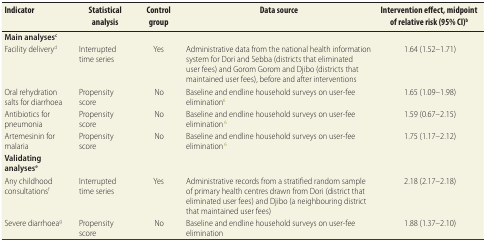
| Indicator | Statistical analysis | Control group | Data source | Intervention effect, midpoint of relative risk (95% CI)b |
 | --- | --- | --- | --- | --- |
 | Main analysesc |  |  |  |  |
 | Facility deliveryd | Interrupted time series | Yes | Administrative data from the national health information system for Dori and Sebba (districts that eliminated user fees) and Gorom Gorom and Djibo (districts that maintained user fees), before and after interventions | 1.64 (1.52–1.71) |
 | Oral rehydration salts for diarrhoea | Propensity score | No | Baseline and endline household surveys on user-fee elimination6 | 1.65 (1.09–1.98) |
 | Antibiotics for pneumonia | Propensity score | No | Baseline and endline household surveys on user-fee elimination6 | 1.59 (0.67–2.15) |
 | Artemesinin for malaria | Propensity score | No | Baseline and endline household surveys on user-fee elimination6 | 1.75 (1.17–2.12) |
 | Validating analysese |  |  |  |  |
 | Any childhood consultationsf | Interrupted time series | Yes | Administrative records from a stratified random sample of primary health centres drawn from Dori (district that eliminated user fees) and Djibo (a neighbouring district that maintained user fees) | 2.18 (2.17–2.18) |
 | Severe diarrhoeag | Propensity score | No | Baseline and endline household surveys on user-fee elimination | 1.88 (1.37–2.10) |